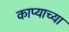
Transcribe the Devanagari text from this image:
काप्याच्या